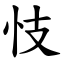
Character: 忮